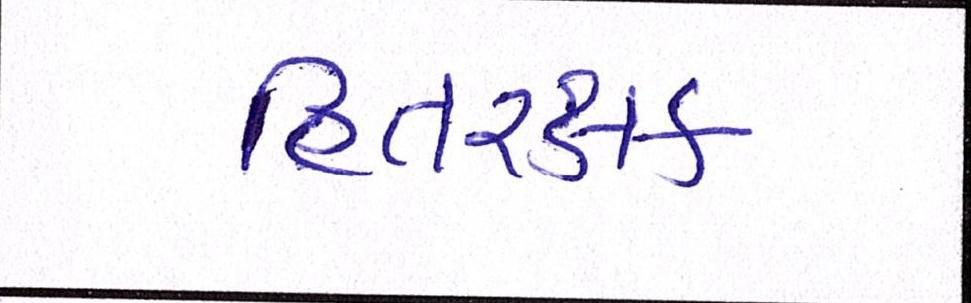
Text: હિતરક્ષક